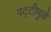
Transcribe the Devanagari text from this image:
पट्टीमुळे